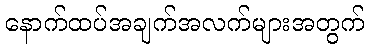
နောက်ထပ်အချက်အလက်များအတွက်